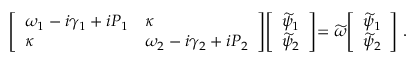
\left[ \begin{array} { l l } { \omega _ { 1 } - i \gamma _ { 1 } + i P _ { 1 } } & { \kappa } \\ { \kappa } & { \omega _ { 2 } - i \gamma _ { 2 } + i P _ { 2 } } \end{array} \middle ] \middle [ \begin{array} { l } { \widetilde { \psi } _ { 1 } } \\ { \widetilde { \psi } _ { 2 } } \end{array} \middle ] = \widetilde { \omega } \middle [ \begin{array} { l } { \widetilde { \psi } _ { 1 } } \\ { \widetilde { \psi } _ { 2 } } \end{array} \right] \, .